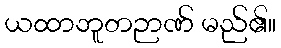
ယထာဘူတဉာဏ် မည်၏။